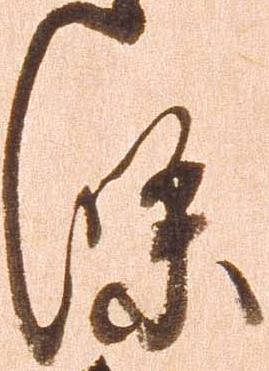
条